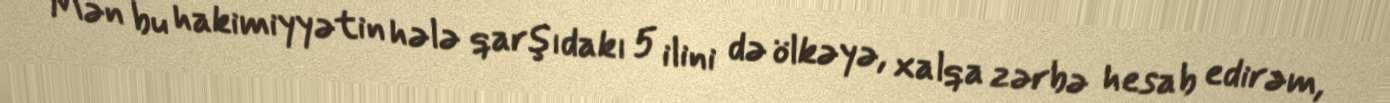
Mən bu hakimiyyətin hələ qarşıdakı 5 ilini də ölkəyə, xalqa zərbə hesab edirəm,